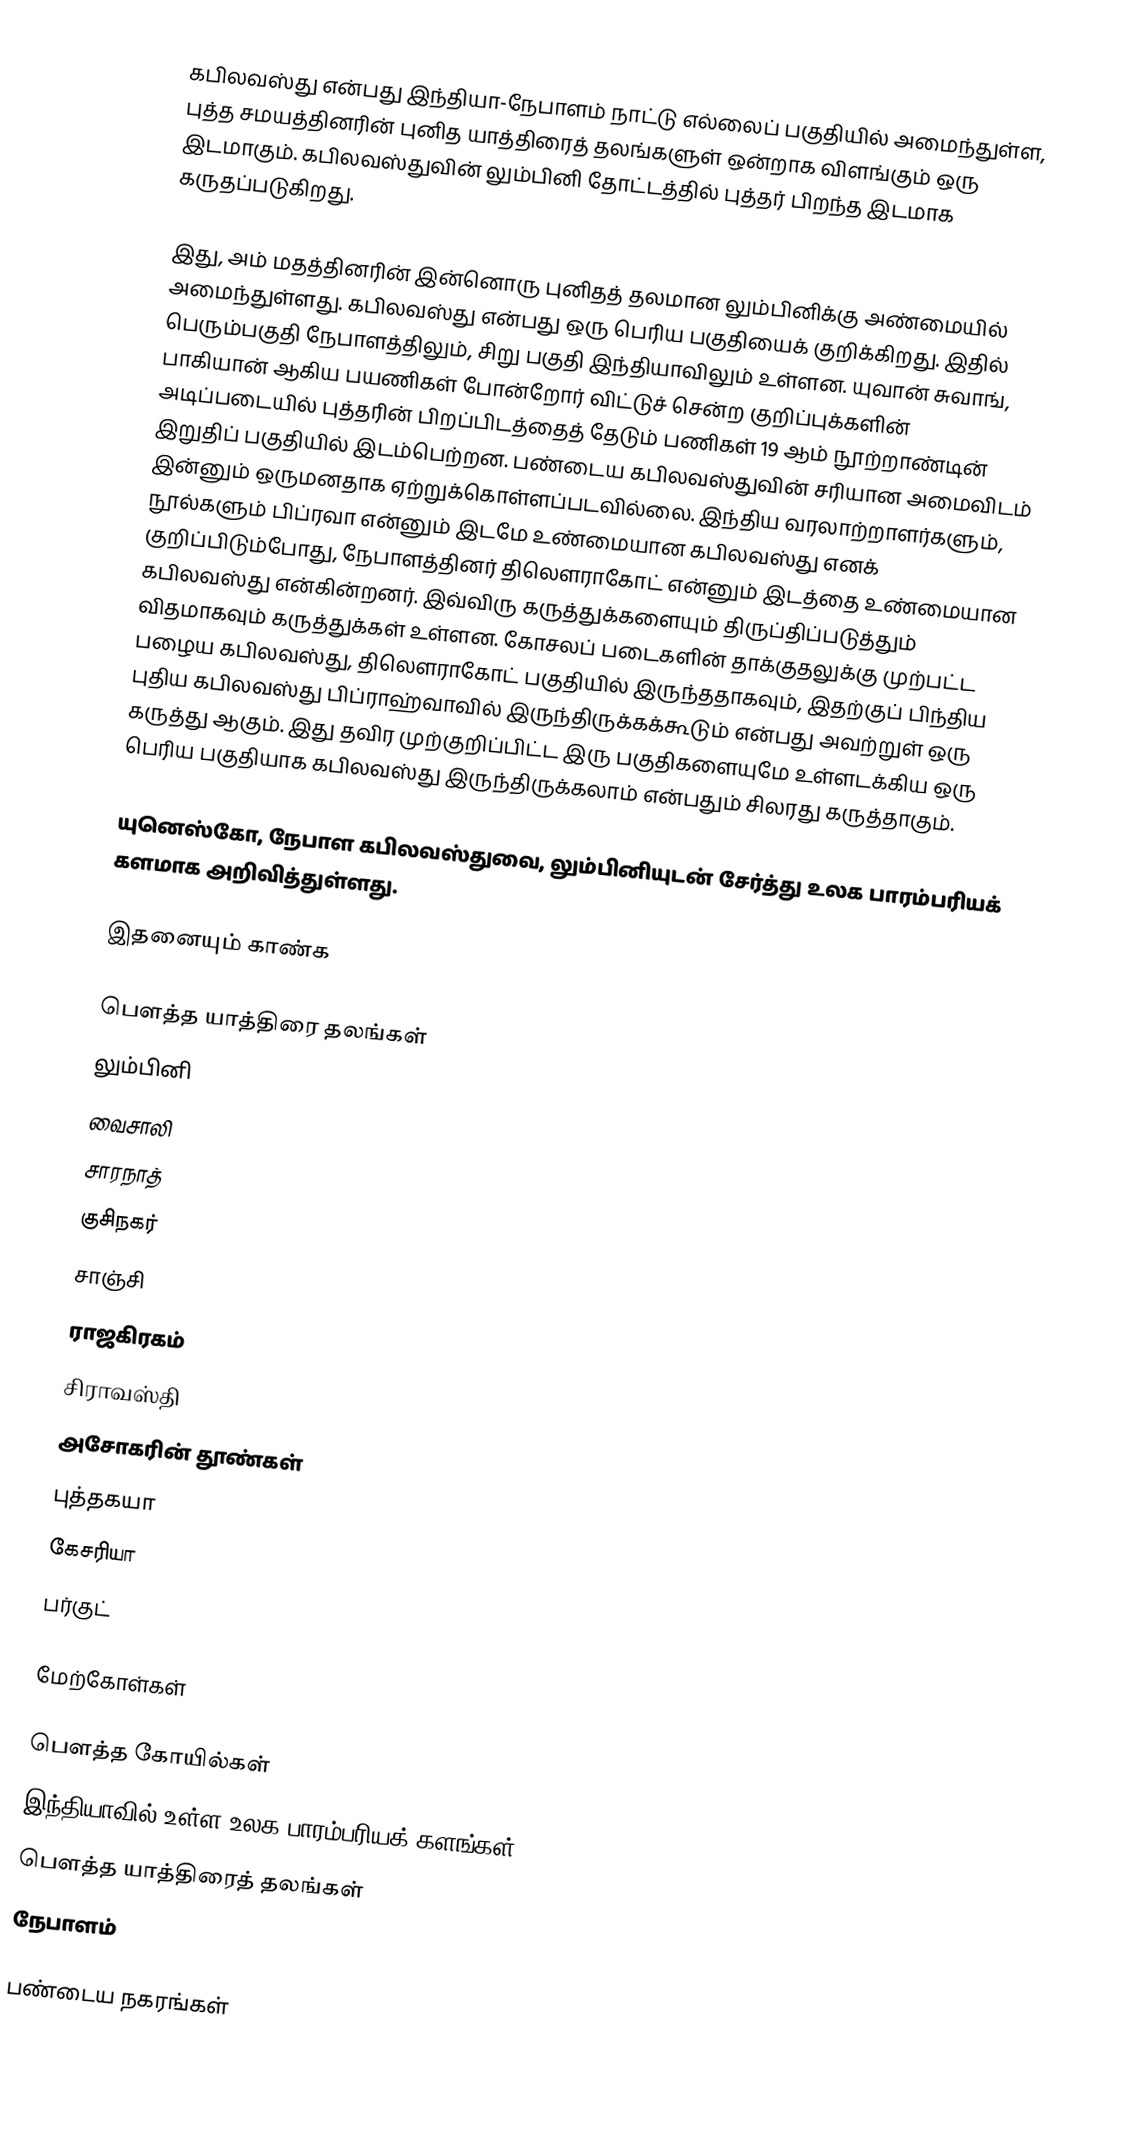
கபிலவஸ்து என்பது இந்தியா-நேபாளம் நாட்டு எல்லைப் பகுதியில் அமைந்துள்ள, புத்த சமயத்தினரின் புனித யாத்திரைத் தலங்களுள் ஒன்றாக விளங்கும் ஒரு இடமாகும். கபிலவஸ்துவின் லும்பினி தோட்டத்தில் புத்தர் பிறந்த இடமாக கருதப்படுகிறது.

இது, அம் மதத்தினரின் இன்னொரு புனிதத் தலமான லும்பினிக்கு அண்மையில் அமைந்துள்ளது. கபிலவஸ்து என்பது ஒரு பெரிய பகுதியைக் குறிக்கிறது. இதில் பெரும்பகுதி நேபாளத்திலும், சிறு பகுதி இந்தியாவிலும் உள்ளன. யுவான் சுவாங், பாகியான் ஆகிய பயணிகள் போன்றோர் விட்டுச் சென்ற குறிப்புக்களின் அடிப்படையில் புத்தரின் பிறப்பிடத்தைத் தேடும் பணிகள் 19 ஆம் நூற்றாண்டின் இறுதிப் பகுதியில் இடம்பெற்றன. பண்டைய கபிலவஸ்துவின் சரியான அமைவிடம் இன்னும் ஒருமனதாக ஏற்றுக்கொள்ளப்படவில்லை. இந்திய வரலாற்றாளர்களும், நூல்களும் பிப்ரவா என்னும் இடமே உண்மையான கபிலவஸ்து எனக் குறிப்பிடும்போது, நேபாளத்தினர் திலௌராகோட் என்னும் இடத்தை உண்மையான கபிலவஸ்து என்கின்றனர். இவ்விரு கருத்துக்களையும் திருப்திப்படுத்தும் விதமாகவும் கருத்துக்கள் உள்ளன. கோசலப் படைகளின் தாக்குதலுக்கு முற்பட்ட பழைய கபிலவஸ்து, திலௌராகோட் பகுதியில் இருந்ததாகவும், இதற்குப் பிந்திய புதிய கபிலவஸ்து பிப்ராஹ்வாவில் இருந்திருக்கக்கூடும் என்பது அவற்றுள் ஒரு கருத்து ஆகும். இது தவிர முற்குறிப்பிட்ட இரு பகுதிகளையுமே உள்ளடக்கிய ஒரு பெரிய பகுதியாக கபிலவஸ்து இருந்திருக்கலாம் என்பதும் சிலரது கருத்தாகும்.

யுனெஸ்கோ, நேபாள கபிலவஸ்துவை, லும்பினியுடன் சேர்த்து உலக பாரம்பரியக் களமாக அறிவித்துள்ளது.

இதனையும் காண்க

 பௌத்த யாத்திரை தலங்கள்
 லும்பினி
 வைசாலி
 சாரநாத்
 குசிநகர்
 சாஞ்சி
 ராஜகிரகம்
 சிராவஸ்தி
 அசோகரின் தூண்கள்
 புத்தகயா
 கேசரியா
 பர்குட்

மேற்கோள்கள்

பௌத்த கோயில்கள்
இந்தியாவில் உள்ள உலக பாரம்பரியக் களங்கள்
பௌத்த யாத்திரைத் தலங்கள்
நேபாளம்

பண்டைய நகரங்கள்